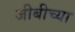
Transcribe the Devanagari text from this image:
जीबीच्या